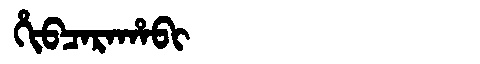
Manchu: ᡥᡳᠪᠴᠠᡵᠠᡥᠠᠪᡳ
Romanization: HIBCARAHABI